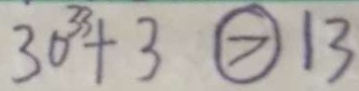
3 0 ^ { 3 3 } + 3 \textcircled { > } 1 3